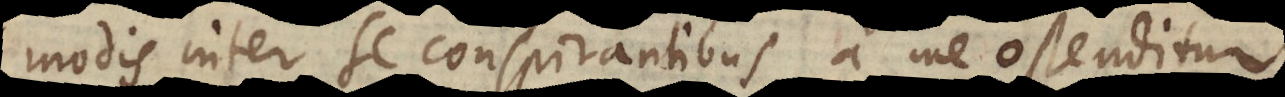
modis inter se conspirantibus a me ostenditu